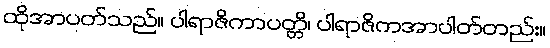
ထိုအာပတ်သည်။ ပါရာဇိကာပတ္တိ၊ ပါရာဇိကအာပါတ်တည်း။